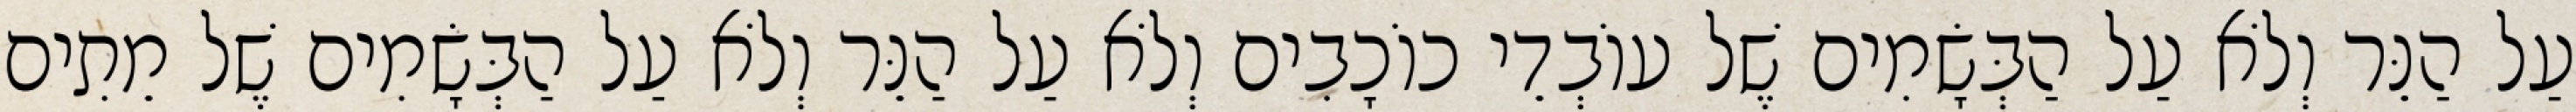
עַל הַנֵּר וְלֹא עַל הַבְּשָׂמִים שֶׁל עוֹבְדֵי כוֹכָבִים וְלֹא עַל הַנֵּר וְלֹא עַל הַבְּשָׂמִים שֶׁל מֵתִים